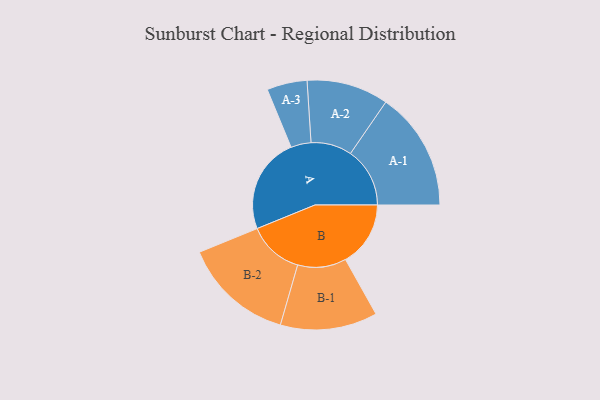
{"axis": {"x": "Segment", "y": "Value"}, "legend": ["", "A", "B"], "data": [{"x": "A", "y": 477, "type": ""}, {"x": "B", "y": 323, "type": ""}, {"x": "A-1", "y": 295, "type": "A"}, {"x": "A-2", "y": 203, "type": "A"}, {"x": "A-3", "y": 100, "type": "A"}, {"x": "B-1", "y": 241, "type": "B"}, {"x": "B-2", "y": 275, "type": "B"}]}